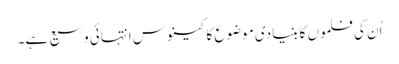
اُن کی فلموں کا بنیادی موضوع کا کینوس انتہائی وسیع ہے۔